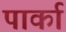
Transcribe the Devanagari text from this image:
पार्का